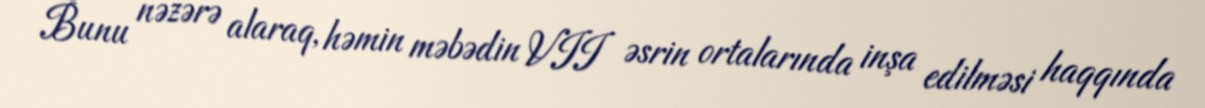
Bunu nəzərə alaraq, həmin məbədin VII əsrin ortalarında inşa edilməsi haqqında